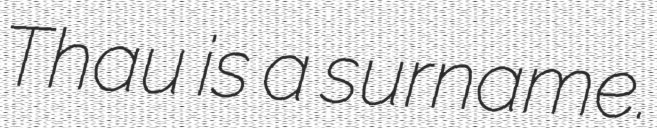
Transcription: Thau is a surname.